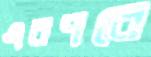
এরপরে